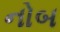
નોબ